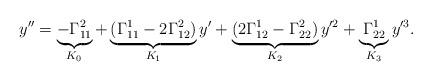
LaTeX: \begin{align*}y''=\underbrace{-\Gamma^2_{11}}_{K_0} + \underbrace{(\Gamma^1_{11}-2\Gamma^2_{12})}_{K_1}y'+\underbrace{(2\Gamma^1_{12}-\Gamma^2_{22})}_{K_2}y'^2 +\underbrace{ \Gamma^1_{22}}_{K_3} y'^3.\end{align*}